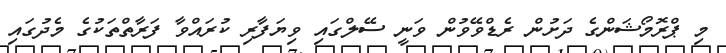
މި ޕްރޮމޯޝަންގެ ދަށުން ރެޑްވޭވުން ވަނީ ސޭލްގައި ވިޔަފާރި ކުރައްވާ ފަރާތްތަކުގެ މެދުގައި